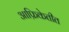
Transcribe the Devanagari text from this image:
आफ्रिकेतीत